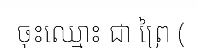
ចុះឈ្មោះ ជា ព្រៃ (